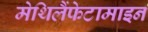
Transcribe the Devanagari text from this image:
मेथिलैंफेटामाइन